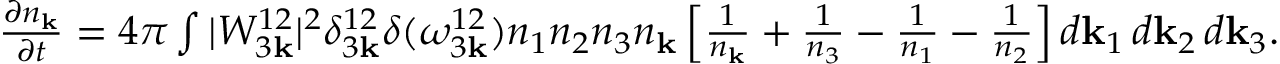
\begin{array} { r } { \frac { \partial n _ { \bf k } } { \partial t } = 4 \pi \int | W _ { 3 { \bf k } } ^ { 1 2 } | ^ { 2 } \delta _ { 3 { \bf k } } ^ { 1 2 } \delta ( \omega _ { 3 { \bf k } } ^ { 1 2 } ) n _ { 1 } n _ { 2 } n _ { 3 } n _ { \bf k } \left[ \frac { 1 } { n _ { \bf k } } + \frac { 1 } { n _ { 3 } } - \frac { 1 } { n _ { 1 } } - \frac { 1 } { n _ { 2 } } \right] d { \bf k } _ { 1 } \, d { \bf k } _ { 2 } \, d { \bf k } _ { 3 } . } \end{array}